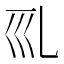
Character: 𠃞